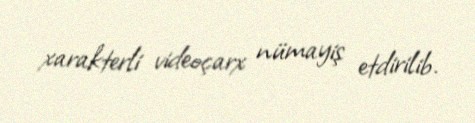
xarakterli videoçarx nümayiş etdirilib.